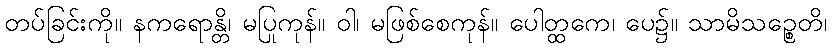
တပ်ခြင်းကို။ နကရောန္တိ၊ မပြုကုန်။ ဝါ၊ မဖြစ်စေကုန်။ ပေါတ္ထကေ၊ ပေ၌။ သာမိသဉ္စေတိ၊